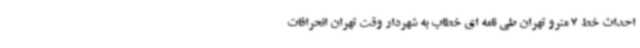
احداث خط 7 مترو تهران طی نامه ای خطاب به شهردار وقت تهران انحرافات